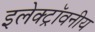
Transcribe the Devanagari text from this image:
इलेक्ट्रॉवनीय